Leningradi_Edasi_toimetus, lk 104
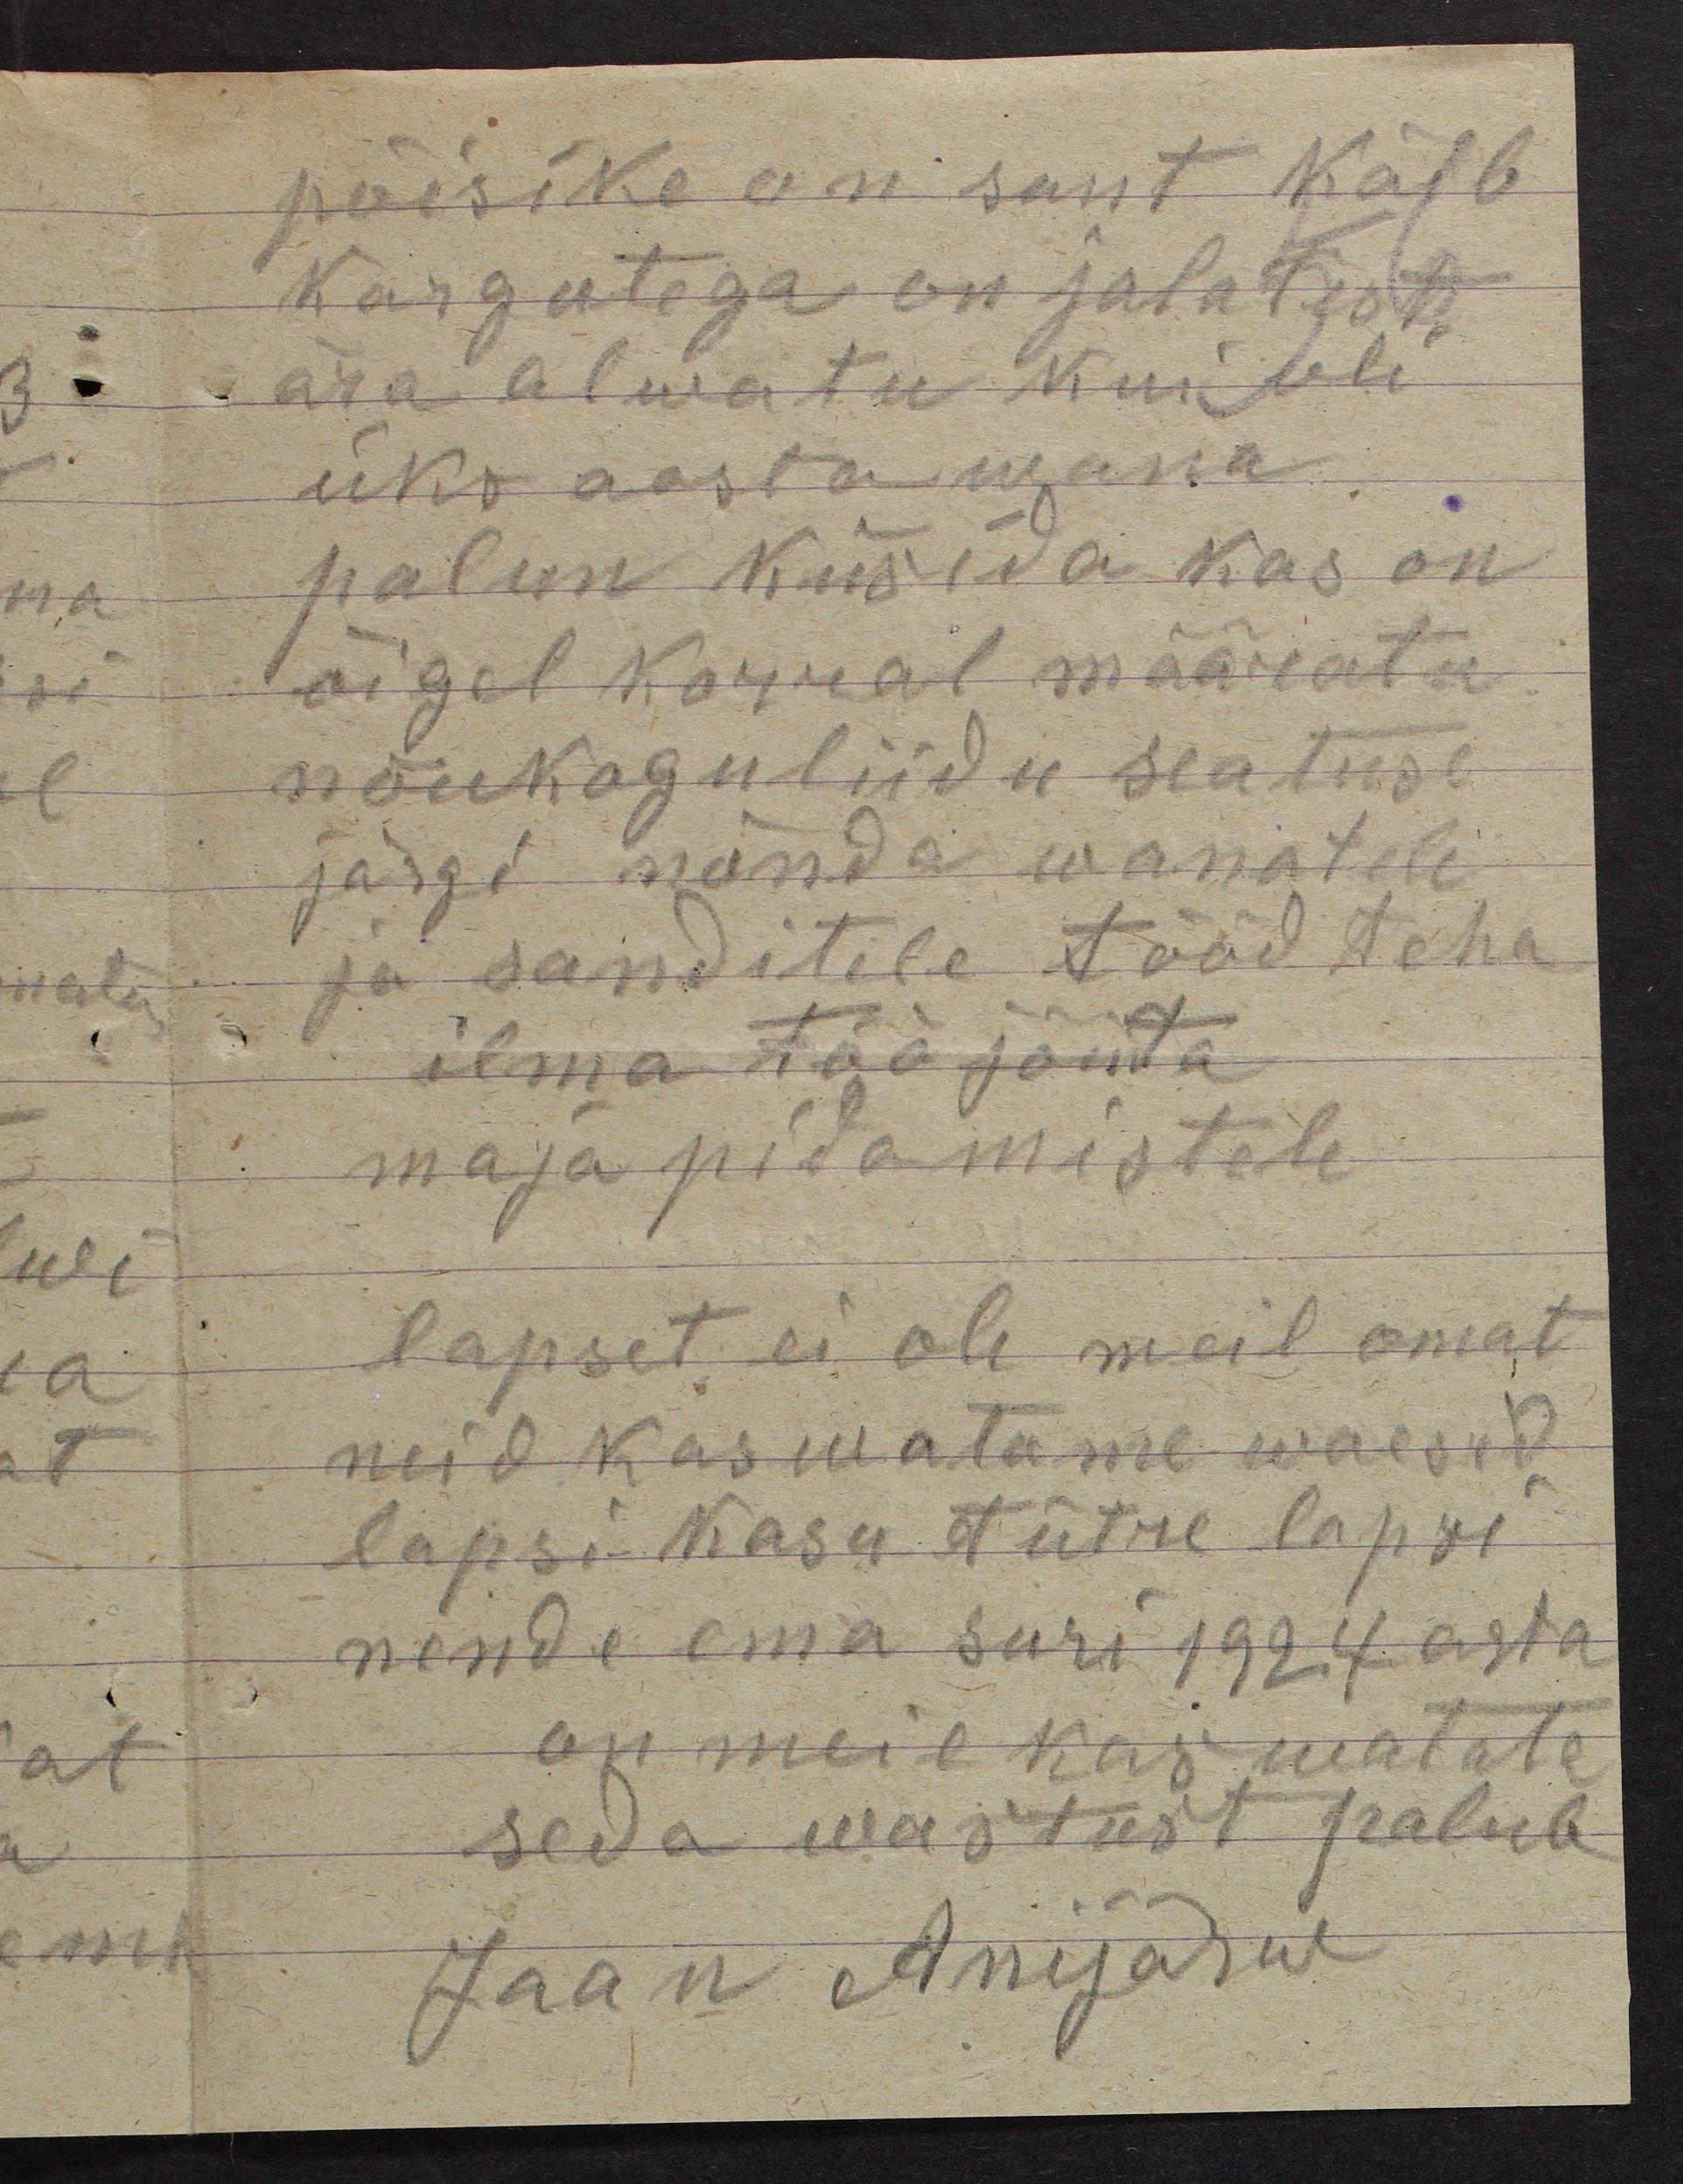
poisike on sant käib
kargutega on jalatest
ära alwatu kui oli
üks aasta wana
palun küsida kas on
õigel korral määratu
nõukoguliidu seatuse
järgi mõnda wanatele
ja sanditele tööd teha
ilma töö jõuta
maja pidamistele
lapsed ei ole meil omat
neid kaswatame waesed
lapsi kasu tütre lapsi
nende ema suri 1924 asta
on meil kaswatata
seda wastust palun
Jaan Anijärw